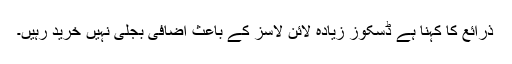
ذرائع کا کہنا ہے ڈسکوز زیادہ لائن لاسز کے باعث اضافی بجلی نہیں خرید رہیں۔